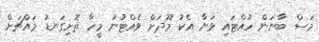
މަސް ބާނަން ހުއްޓައި ވަޔާ އެކު މޫދަށް ވެއްޓުނު މީހާ ތޮށިގަނޑު މައްޗަށް